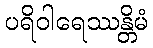
ပရိဝါရေဿန္တိမံ